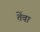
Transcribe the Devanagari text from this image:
तेंवा